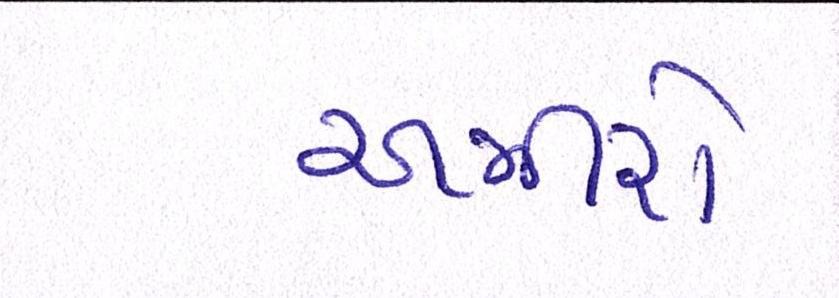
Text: અમીરો